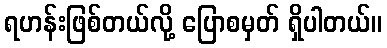
ရဟန်းဖြစ်တယ်လို့ ပြောစမှတ် ရှိပါတယ်။